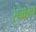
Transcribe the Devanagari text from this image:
संभ्रमा